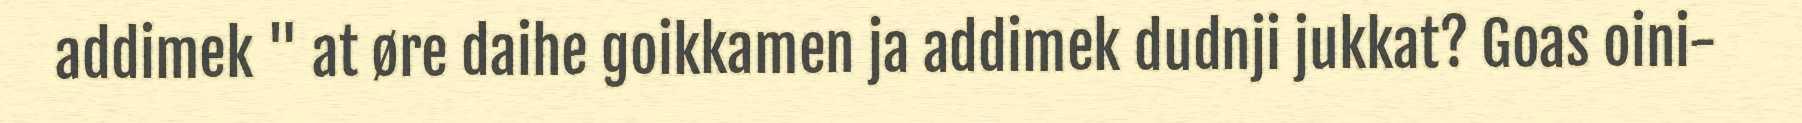
addimek " at øre daihe goikkamen ja addimek dudnji jukkat? Goas oini-